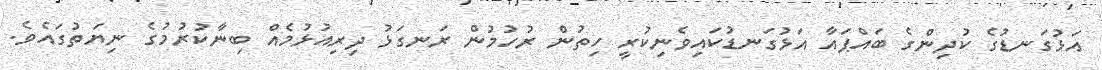
އަޅުގަނޑުގެ ކުދިންގެ ބައްޕައާ އަޅުގަނޑުކައިވެނިކުރީ ހިތުން ރުހުމުން ރަނގަޅު ދިރިއުޅުމެއް ބިނާކުރުމުގެ ނިޔަތުގައެވެ.